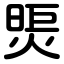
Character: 煚